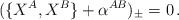
\begin{align*}(\{X^A,X^B\}+\alpha^{AB})_\pm=0\,.\end{align*}